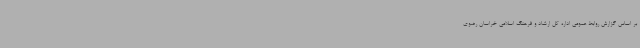
بر اساس گزارش روابط عمومی اداره کل ارشاد و فرهنگ اسلامی خراسان رضوی